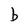
Character: b